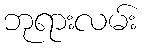
ဘုရားလမ်း